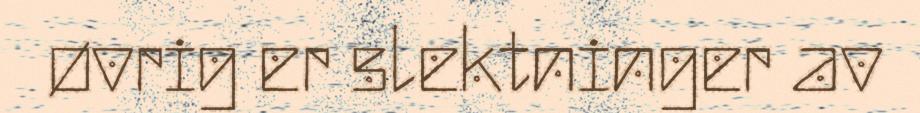
øvrig er slektninger av